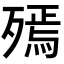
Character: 𣩙